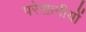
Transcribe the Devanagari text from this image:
परेशानीयों